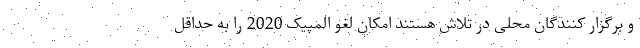
و برگزار کنندگان محلی در تلاش هستند امکان لغو المپیک 2020 را به حداقل